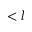
< l